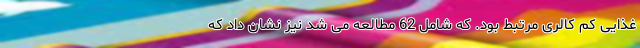
غذایی کم کالری مرتبط بود. که شامل 62 مطالعه می شد نیز نشان داد که